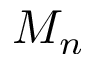
M _ { n }